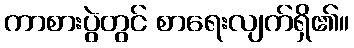
ကာစားပွဲတွင် စာရေးလျက်ရှိ၏။